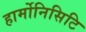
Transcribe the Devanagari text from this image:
हार्मोनिसिटि